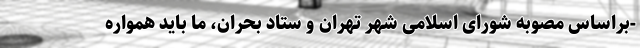
-براساس مصوبه شورای اسلامی شهر تهران و ستاد بحران، ما باید همواره